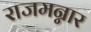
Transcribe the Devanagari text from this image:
राजमन्नार